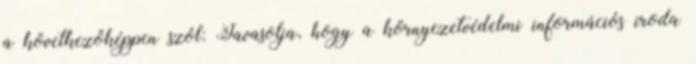
a következőképpen szól: Javasolja, hogy a környezetvédelmi információs iroda